Annual statistical returns and brief notes on vaccination in Bengal - 1896-1909
Year: 1896
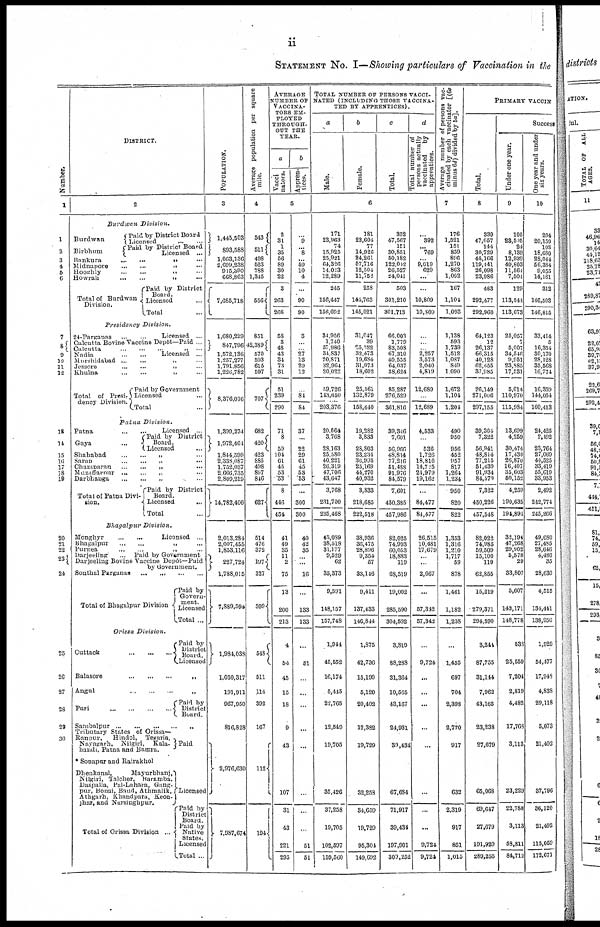
ii
STATEMENT No. I—Showing particulars of Vaccination in the
Number.
1
1
2
3
4
6
6
7
8
9
10
11
12
13
14
15
16
17
18
19
20
21
22
23
24
25
26
27
28
29
30
DISTRICT.
2
Burdwan
Division.
Burdwan
Birbhum
Paid by District Board
Licensed...
...
Paid by District Board
Licensed...
Bankura...
...
Midnapore...
...
Hooghly...
...
Howrah...
...
Total of Burdwan
Division.
Paid by District
Board.
Licensed...
Total... ...
Presidency
Division.
24-Parganas...
...
Licensed ...
Calcutta Bovine Vaccine Depôt—Paid ...
Calcutta...
...
Nadia...
...
...
Licensed ...
Murshidabad...
...
Jessore...
...
Khulna...
...
Total of Presi-
dency Division.
Paid by Government...
Licensed...
Total...
Patna
Division.
Patna
...
...
Licensed ...
Gaya...
Paid by District
Board.
Licensed...
Shahabad...
Saran...
...
Chamnaran...
...
Muzaffarpur...
...
Darbhanga...
...
Total of Patna Divi-
sion.
Paid by District
Board.
Licensed...
Total...
Bhagalpur
Division.
Monghyr...
...
Licensed ...
Bhagalpur...
...
Purnea...
...
Darjeeling... ...Paid by Government
Darjeeling Bovine Vaccine Depôt—Paid
by Government.
Sonthal
Parganas...
...
Total of Bhagalpur Division
Paid by
Govern-
ment.
Licensed
Total ...
Orissa
Division.
Cuttack
...
...
Paid by
District
Board.
Licensed
Balasore...
...
Angul...
...
Puri...
...
Paid by
District
Board.
Sambalpur...
...
Tiibutary States of Orissa—
Ranpur,
Hindol,
Tekuria,
Nayagarh,
Nilgiri,
Kala-
bandi, Patna and Bamra.
Dhenknnal,
Mayurbhanj,
Nilgiri, Talcher,
Baramba.
Daspalla, Pal-Luhara, Gang-
pur, Bonai, Baud, Athmalik,
Athgarh, Khandparu, Keon-
jhar, and Narsinghpur.
Total of Orissa Division ...
Paid
Licensed
Paid by
District
Board.
Paid by
Native
States.
Licensed
Total ...
POPULATION.
3
1,445,503
893,588
1,063,136
2,699,238
915,390
668,863
7,685,718
1,680,229
847,796
1,572,136
1,257,277
1,791,856
1,226,782
8,376,076
1,399,274
1,972,464
1,844,590
2,338,087
1,732,037
2,666,735
2,809,219
14,782,406
2,013,284
2,007,455
1,853,116
227,724
1,788,015
7,889,594
1,984,038
1,050,317
191,911
967,950
816,828
2,976,630
7,987,674
Average population per square
mile.
4
543
511
408
523
788
1,345
556
851
42,389
570
593
615
597
707
682
420
423
885
498
897
846
627
514
476
372
197
327
399
548
511
114
392
167
112
194
AVERAGE
NUMBER OF
VACCINA-
TORS EM-
TLOYED
THROUGH-
OUT THE
YEAR.
a
Vacci
nators.
b
Appren-
tices.
5
2
31
1
35
56
89
30
22
3
263
266
58
3
48
43
34
73
31
51
239
290
71
8
59
104
61
45
53
53
8
446
454
41
49
35
11
2
75
13
200
213
4
54
45
15
18
9
43
107
31
43
221
295
...
9
... 8
...
59
10
4
...
90
90
3
...
... 27
13
29
12
...
84
84
37
...
22
29
61
45
53
53
...
300
300
40
42
35
...
...
16
...
133
133
...
51
...
...
...
...
...
...
...
...
51
51
TOTAL NUMBER OF PERSONS VACCI-
NATED (INCLUDING THOSE VACCINA-
TED BY APPRENTICES).
a
Male.
b
Female.
c
Total.
d
Total number of
persons actually
vaccinated
by
apprentices.
6
171
23,963
74
15,925
25,921
64,326
14,023
12,289
245
156,447
156,692
34,956
1,740
57,986
34,837
20,871
32,964
20,022
59,726
141,650
203,376
20,064
3,768
28,163
25,580
40,221
26,319
47,706
43,647
3,768
231,700
235,468
43,089
38,518
31,177
9,529
62
35,373
9,591
148,157
157,748
1,944
45,552
16,174
5,445
22,765
12,549
19,705
35,426
37,258
19,705
102,507
159,560
181
23,604
77
14,926
24,261
57,716
12,504
11,752
258
144,763
145,021
31,047
39
25,522
32,473
19,684
31,073
18,602
25,561
132,879
158,440
19,282
3,833
28, 803
23,234
36,995
25,169
44,270
40,932
3,833
218,685
222,518
38,936
36,475
28,896
9,354
57
33,146
9,411
137,433
146,844
1,875
42,736
15,190
5,120
20,402
19 382
19,729
32,253
34,659
19,729
95,304
149,692
332
47,567
151
30,851
50,182
122,042
26,527
24,041
503
301,210
301,713
66,003
1,779
83,508
67,310
40,555
64,037
38,624
85,287
276,529
361,816
39,346
7,601
56,960
48,814
77,216
51,488
91,976
84,579
7,601
450,385
457,986
82,025
74,993
60,053
18,883
119
68,519
19,002
285,590
304,592
3,810
88,288
31,364
10,565
43,167
24,931
39,434
67,684
71,917
39,434
197,901
309,252
...
392
... 769
... 9,019
629
...
...
10,809
10,809
...
...
... 2,257
3,573
2,040
4,819
12,689
...
12,689
4,533
...
536
1,726
18,816
14,725
24,979
19,162
...
84,477
84,477
26,515
10,481
17,679
... ...
2,667
...
57,342
57,342
...
9,724
...
...
...
...
...
...
...
...
9,724
9,724
Average number of persons vac-
cinated by each vaccinator [(6c
minus 6d) divided by 6a].
7
176
1,521
151
859
896
1,270
863
1,062
167
1,104
1,093
1,138
593
1,739
1,512
1,087
849
1,090
1,672
1,104
1,204
490
950
956
452
957
817
1,264
1,234
950
820
822
1,353
1,316
1,210
1,717
59
878
1,461
1,182
1,238
...
1,455
697
704
2,398
2,770
917
632
2,319
917
851
1,015
PRIMARY VACCIN
Total.
8
339
47,057
144
30,729
45,166
119,441
26,098
23,986
483
292,477
292,960
64,123
12
26,137
66,315
40,128
62,455
37,985
26,149
271,006
297,155
39,304
7,322
56,941
48,814
77,215
51,439
91,934
84,579
7,322
450,226
457,548
82,022
74,985
59,509
15,100
119
62,855
15,219
279,371
294,590
3,244
87,755
31,144
7,962
43,165
23,238
27,679
65,068
69,647
27,679
191,929
289,255
Success
Under one year.
9
105
23,505
24
8,139
12,939
49,803
11,564
7,501
129
113,544
113,673
25,057
7
5,007
34,546
9,951
23,885
17,531
5,014
110,970
115,984
13,699
4,259
30,474
17,430
26,870
16,407
35,603
50,152
4,259
190,635
194,891
32,194
47,268
29,902
5,578
29
33,807
5,607
143,171
148,778
538
25,559
7,204
2,819
4,482
17,768
3,113
23,229
22,788
3,113
58,811
84,712
One year and under
six years.
10
204
20,153
108
18,680
28,044
56,384
9,055
14,181
312
146,503
146,815
33,414
5
16,354
30,170
28,128
35,568
16,774
16,359
144,054
160,413
24,425
2,492
23,764
27,069
44,525
33,419
55,619
33,953
2,492
242,774
245,266
49,680
27,485
28,646
4,480
35
28,630
4,515
134,441
138,956
1,929
54,477
17,948
4,833
29,118
5,073
21,492
37,796
36,120
21,492
115,059
172,671